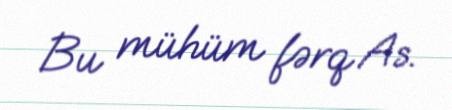
Bu mühüm fərq As.